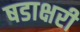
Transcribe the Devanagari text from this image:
षडाक्षरी